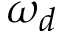
\omega _ { d }